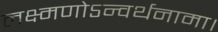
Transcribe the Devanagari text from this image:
लक्ष्मणोऽन्वर्थनामा।